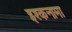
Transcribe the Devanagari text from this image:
इश्कनामा